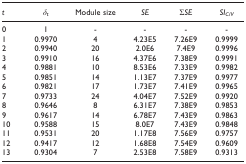
<table><thead><tr><td><b><i>t</i></b></td><td><b><i>δ</i><sub><i>t</i></sub></b></td><td><b>Module size</b></td><td><b><i>SE</i></b></td><td><b>Σ<i>SE</i></b></td><td><b><i>SI</i><sub><i>C/V</i></sub></b></td></tr></thead><tbody><tr><td>0</td><td>1</td><td>-</td><td>-</td><td>-</td><td>-</td></tr><tr><td>1</td><td>0.9970</td><td>4</td><td>4.23E5</td><td>7.26E9</td><td>0.9999</td></tr><tr><td>2</td><td>0.9940</td><td>20</td><td>2.0E6</td><td>7.4E9</td><td>0.9996</td></tr><tr><td>3</td><td>0.9910</td><td>16</td><td>4.37E6</td><td>7.38E9</td><td>0.9991</td></tr><tr><td>4</td><td>0.9881</td><td>10</td><td>8.53E6</td><td>7.33E9</td><td>0.9982</td></tr><tr><td>5</td><td>0.9851</td><td>14</td><td>1.13E7</td><td>7.37E9</td><td>0.9977</td></tr><tr><td>6</td><td>0.9821</td><td>17</td><td>1.73E7</td><td>7.41E9</td><td>0.9965</td></tr><tr><td>7</td><td>0.9733</td><td>24</td><td>4.04E7</td><td>7.52E9</td><td>0.9920</td></tr><tr><td>8</td><td>0.9646</td><td>8</td><td>6.31E7</td><td>7.38E9</td><td>0.9853</td></tr><tr><td>9</td><td>0.9617</td><td>14</td><td>6.78E7</td><td>7.43E9</td><td>0.9863</td></tr><tr><td>10</td><td>0.9588</td><td>15</td><td>8.0E7</td><td>7.43E9</td><td>0.9848</td></tr><tr><td>11</td><td>0.9531</td><td>20</td><td>1.17E8</td><td>7.56E9</td><td>0.9757</td></tr><tr><td>12</td><td>0.9417</td><td>12</td><td>1.68E8</td><td>7.54E9</td><td>0.9609</td></tr><tr><td>13</td><td>0.9304</td><td>7</td><td>2.53E8</td><td>7.58E9</td><td>0.9313</td></tr></tbody></table>